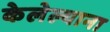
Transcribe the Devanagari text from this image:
केलेल्याना